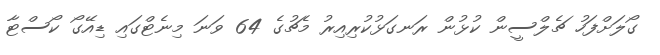
ގޯލަށްފަހު ޗެލްސީން ކުޅުން ރަނގަޅުކުރިއިރު މެޗުގެ 64 ވަނަ މިނެޓްގައި ޑިއޭގޯ ކޯސްޓާ